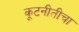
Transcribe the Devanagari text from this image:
कूटनीतीचा